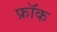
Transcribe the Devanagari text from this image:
फ्राॅक